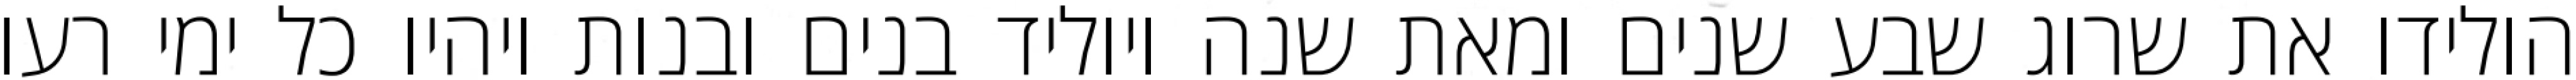
הולידו את שרוג שבע שנים ומאת שנה ויוליד בנים ובנות ויהיו כל ימי רעו